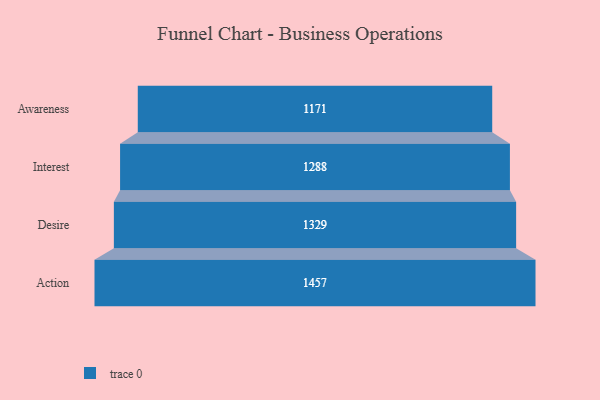
{"axis": {"x": "Stage", "y": "Value"}, "legend": [""], "data": [{"x": "Awareness", "y": 1171.0, "type": ""}, {"x": "Interest", "y": 1288.0, "type": ""}, {"x": "Desire", "y": 1329.0, "type": ""}, {"x": "Action", "y": 1457.0, "type": ""}]}